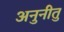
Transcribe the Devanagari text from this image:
अनुनीतु